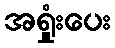
အရှုံးပေး